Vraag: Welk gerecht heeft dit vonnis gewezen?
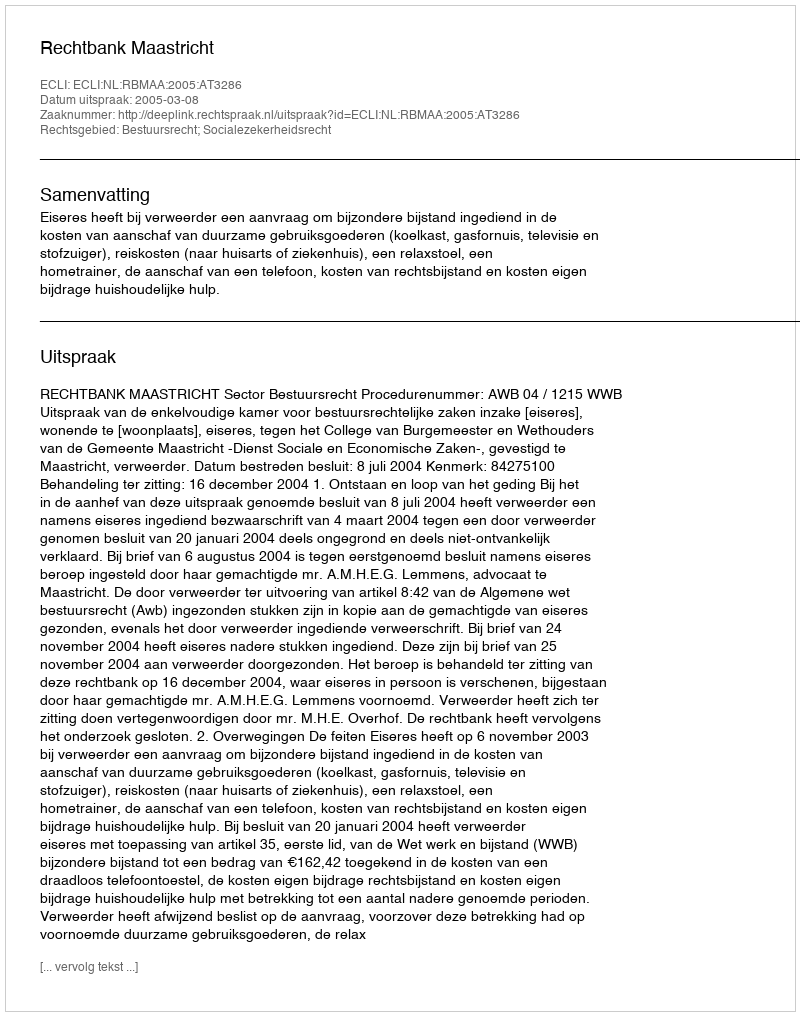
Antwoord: Rechtbank Maastricht